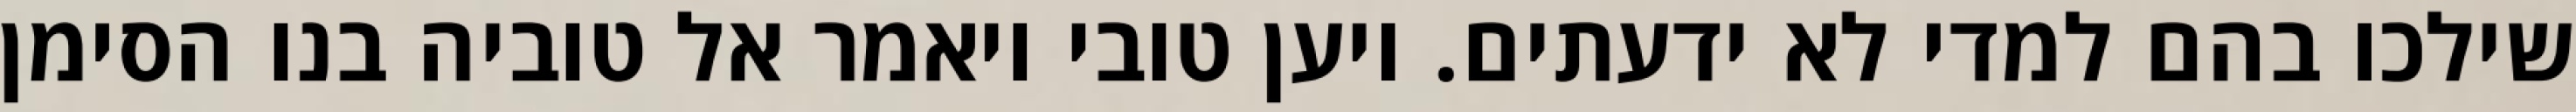
שילכו בהם למדי לא ידעתים. ויען טובי ויאמר אל טוביה בנו הסימן